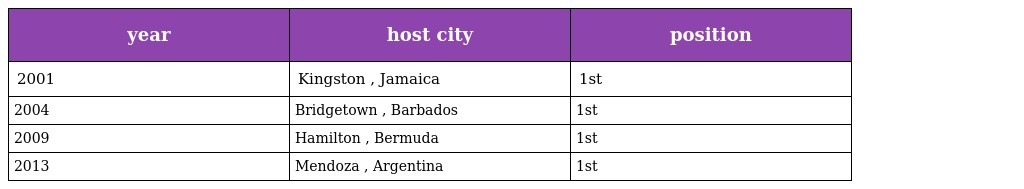
| year | host city | position |
 | --- | --- | --- |
 | 2001 | Kingston , Jamaica | 1st |
 | 2004 | Bridgetown , Barbados | 1st |
 | 2009 | Hamilton , Bermuda | 1st |
 | 2013 | Mendoza , Argentina | 1st |